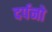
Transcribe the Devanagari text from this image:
दर्पनो